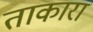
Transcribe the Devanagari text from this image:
ताकारा